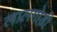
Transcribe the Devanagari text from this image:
लालगोडी